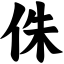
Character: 侏